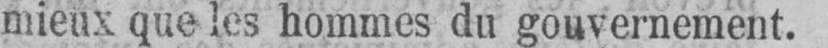
mieux que les hommes du gouvernement.